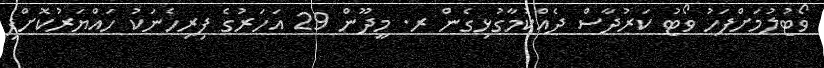
ވޯޓުލުމަށްފަހު ވޯޓު ކަރުދާސް ދެއްކުމާގުޅިގެން ރ. މީދޫން 29 އަހަރުގެ ފިރިހެނަކު ހައްޔަރުކޮށްފި